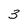
Character: 3